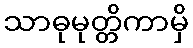
သာဓုမုတ္တိကာမှိ